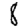
Digit: 8